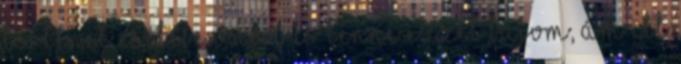
történet esetében nem is lenne ezzel bajom, ám itt